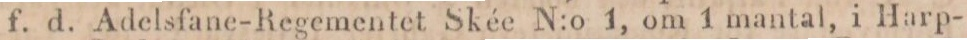
f. d. Adelsfane-Regementet Skée N:o 1, om 1 mantal, i Harp-